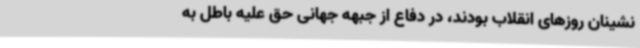
نشینان روزهای انقلاب بودند، در دفاع از جبهه جهانی حق علیه باطل به